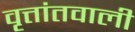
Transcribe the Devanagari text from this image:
वृत्तांतवाली